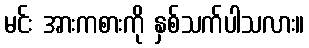
မင်း အားကစားကို နှစ်သက်ပါသလား။